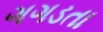
ગગડતા